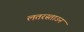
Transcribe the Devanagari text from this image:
लतरस्ताउन